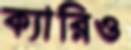
ক্যারিও